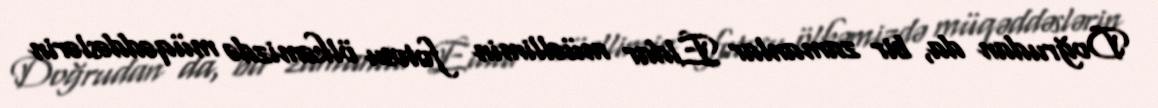
Doğrudan da, bir zamanlar Eldar müəllimin fotosu ölkəmizdə müqəddəslərin